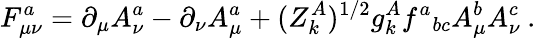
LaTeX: F_{\mu\nu}^{a}=\partial_{\mu}A_{\nu}^{a}-\partial_{\nu}A_{\mu}^{a}+(Z_{k}^{A})^{1/2}g_{k}^{A}f^{a}{}_{bc}A_{\mu}^{b}A_{\nu}^{c}\: .